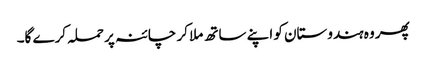
پھر وہ ہندوستان کو اپنے ساتھ ملا کر چائنہ پر حملہ کرے گا۔